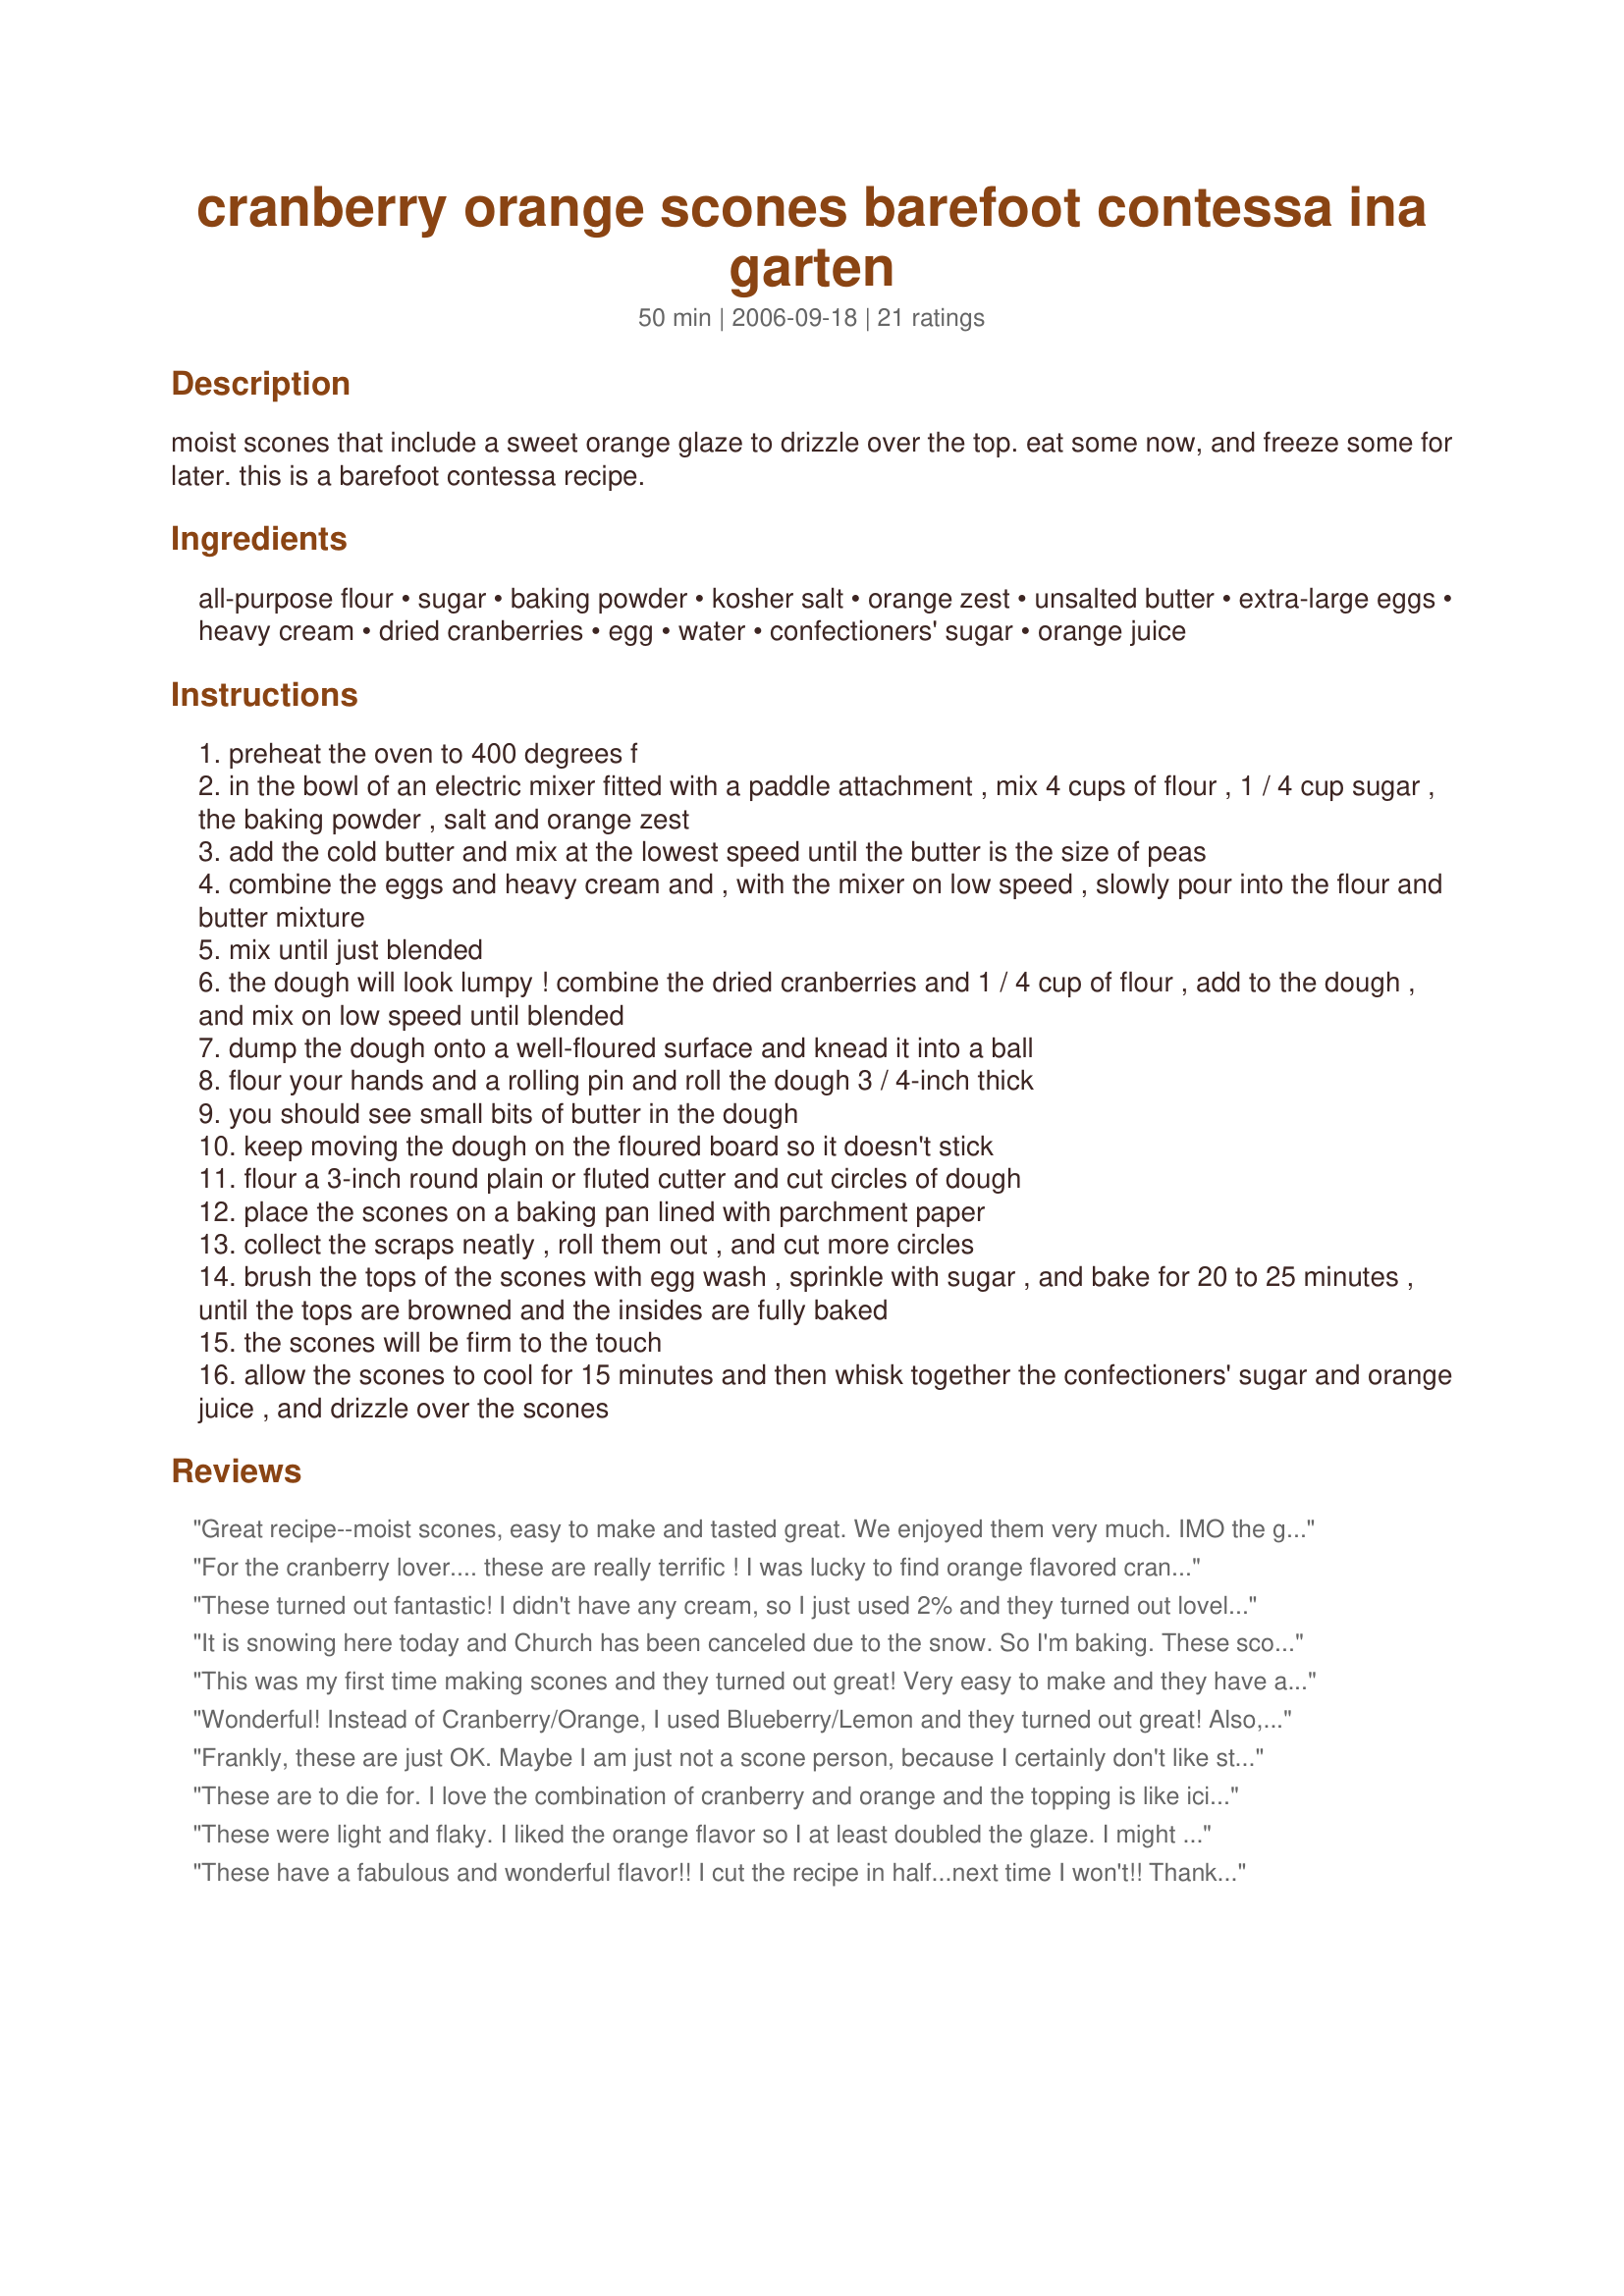
cranberry orange scones barefoot contessa ina garten
Preparation time: 50 minutes

moist scones that include a sweet orange glaze to drizzle over the top. eat some now, and freeze some for later. this is a barefoot contessa recipe.

Ingredients:
all-purpose flour, sugar, baking powder, kosher salt, orange zest, unsalted butter, extra-large eggs, heavy cream, dried cranberries, egg, water, confectioners' sugar, orange juice

Steps:
preheat the oven to 400 degrees f
in the bowl of an electric mixer fitted with a paddle attachment , mix 4 cups of flour , 1 / 4 cup sugar , the baking powder , salt and orange zest
add the cold butter and mix at the lowest speed until the butter is the size of peas
combine the eggs and heavy cream and , with the mixer on low speed , slowly pour into the flour and butter mixture
mix until just blended
the dough will look lumpy ! combine the dried cranberries and 1 / 4 cup of flour , add to the dough , and mix on low speed until blended
dump the dough onto a well-floured surface and knead it into a ball
flour your hands and a rolling pin and roll the dough 3 / 4-inch thick
you should see small bits of butter in the dough
keep moving the dough on the floured board so it doesn't stick
flour a 3-inch round plain or fluted cutter and cut circles of dough
place the scones on a baking pan lined with parchment paper
collect the scraps neatly , roll them out , and cut more circles
brush the tops of the scones with egg wash , sprinkle with sugar , and bake for 20 to 25 minutes , until the tops are browned and the insides are fully baked
the scones will be firm to the touch
allow the scones to cool for 15 minutes and then whisk together the confectioners' sugar and orange juice , and drizzle over the scones

Reviews:
Great recipe--moist scones, easy to make and tasted great. We enjoyed them very much. IMO the glaze is a very important component for the best flavor.
For the cranberry lover.... these are really terrific ! I was lucky to find orange flavored cranberries which put these over the top! Ive made this one several times and my family goes nuts for them.
Thank you !!!!!
These turned out fantastic! I didn't have any cream, so I just used 2% and they turned out lovely. They're so moist, which was good when they were fresh, but they didn't really keep all that well. I'm not sure why! Anyway! Thanks for posting!
It is snowing here today and Church has been canceled due to the snow. So I'm baking. These scones were very easy to make. In step two, after I put the first 6 ingredients in the mixer, I placed a tea towel over the mixer. This helped stop the flour from flying all over the counter top. I still had some spillage but at least it was contained to the mixer stand. The next thing I did a little different was in step 3. After kneading the dough I divided it in half, rolled each half into a 3/4 inch thick circle. Cut each circle into 8 wedges. Then placed them on the parchment paper. After brushing them with the egg wash I sprinkled Turbinado Sugar on top of them and then baked for 20 minutes. They came out nicely browned, very tender yet with a little crunch to them. As Baby Kato said, "with a subtle orange flavour and wonderful tart cranberries"Â? taste to them. The glaze mixture was just the right amount of liquid to form a nice ribbon of glaze over them. The Turbinado Sugar gave the scones a crunch when I took a bite. I also used some Somerdales' Double Devon Cream on the scone, this cream is from England. I think that is all I have to say about these great scones. Expect that I finally got them made for 1-2-3 Hits Wonders 2006 after procrastinating since Nov 17, 2006. Thanks for sharing your recipe with us. Now to try to get a good photo of them before they are gone. My family are circling like vultures . LOL
This was my first time making scones and they turned out great! Very easy to make and they have a beautiful presentation. Thanks for posting!
Wonderful! Instead of Cranberry/Orange, I used Blueberry/Lemon and they turned out great! Also, I didn't have any heavy cream, so I used FF Half/Half. I did make the glaze and loved that it just added a bit of sweetness since the scones are not overly sweet. I am anxious to make the cranberry/orange combination next time. Thanks for submitting
Frankly, these are just OK. Maybe I am just not a scone person, because I certainly don't like store-bought ones...and if I were going to like them, I should like these. I do not get a strong taste of orange in these. I also think the instructions could be clearer that it is extremely important to keep your butter cold - my scones are moist, but more cakey rather than flakey. Dense. The proportion on the glaze is off - mine did not thicken and is certainly not white. It therefore moistened the scones because the liquid just set on top. To me, these are not worth the calories and expense of three sticks of butter and a carton of heavy cream. They are better than store bought, though, for sure!
These are to die for. I love the combination of cranberry and orange and the topping is like icing on the cake. Have made these a couple of times and got great reviews.
These were light and flaky. I liked the orange flavor so I at least doubled the glaze. I might use more cranberries next time. Thanks for sharing!
These have a fabulous and wonderful flavor!!
I cut the recipe in half...next time I won't!!
Thank you!!
Made theses this morning--what flavor!! Very easy to put together, roll out and cut. I cut baking time down by 5 minutes because I use a convection oven. The orange frosting--what a bonus!! Thanks so much for posting.
Fabulous!!! Makes a lot - some to take, some to freeze.
Great scones!!! Well received by my colleagues at work.
I decided to give these scones a try, even though I already have a good recipe. I find so many of Ina Garten&#039;s recipes easy to follow and reliable. I now have another good recipe for scones. I didn&#039;t have 1/2 and 1/2 so I used whole milk. I doubled plus a little the zest in the batter. The batter in the mixer is a little loose but after the addition of generous bench flour while kneading it was fine. I took the finished batter, divided in half and rolled out two 3/4 inch thick disks. I put them on the parchment paper whole as they were easier to move, then cut them into eight equal triangles and left them in there disc shape to bake ( how I was originally taught to make scones and easier). We couldn&#039;t quit eating them even before I glazed them. A great, easy, moist, flavorful scone recipe.
I love these scones and make them all the time! Very easy and very tasty. I usually omit the glaze and just sprinkle coarse sugar on top of the egg wash. I've also frozen unbaked scones and baked at a later date which works wonderfully as well. Another fabulous recipe from the Barefoot!!
Excellent scones! We enjoyed these for breakfast on Thanksgiving morning. I did not use the egg wash. The orange glaze is delicious. We will be making these again!
This is now the only scone recipe I use! After trying many others (I love scones!), this seems to be the best consistency, taste, etc. and you can easily change the flavor to suit your mood--one of my favorites is substituting lemon zest and dried blueberries. I often do not use the glaze and serve with lemon or orange curd--Yum!
Excellent scone - tender crumb. Used up a little packet of dried cranberries that had been sent me. Next time, (due to unavailability of dried cranberries here), I will chop up some dried apricots to achieve a similar sweet/sour fruit effect. Very good!
I loved these tasty scones. They were crisp yet tender, with a subtle orange flavour & wonderful tart cranberries. I ommitted the icing, these were great without.(personel preference) Quick and very easy to make. This morning, I toasted them. Wow! I will be making these again. Thanks so much for sharing cookiedog.
I followed the recipe exactly and these turned out perfectly! I skipped the glaze--I didn't think they needed it. Delightful!
This was my first attempt at making scones, they were so GOOD!!! These turned out better than any scones I had ever had before.
